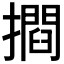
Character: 𭢶